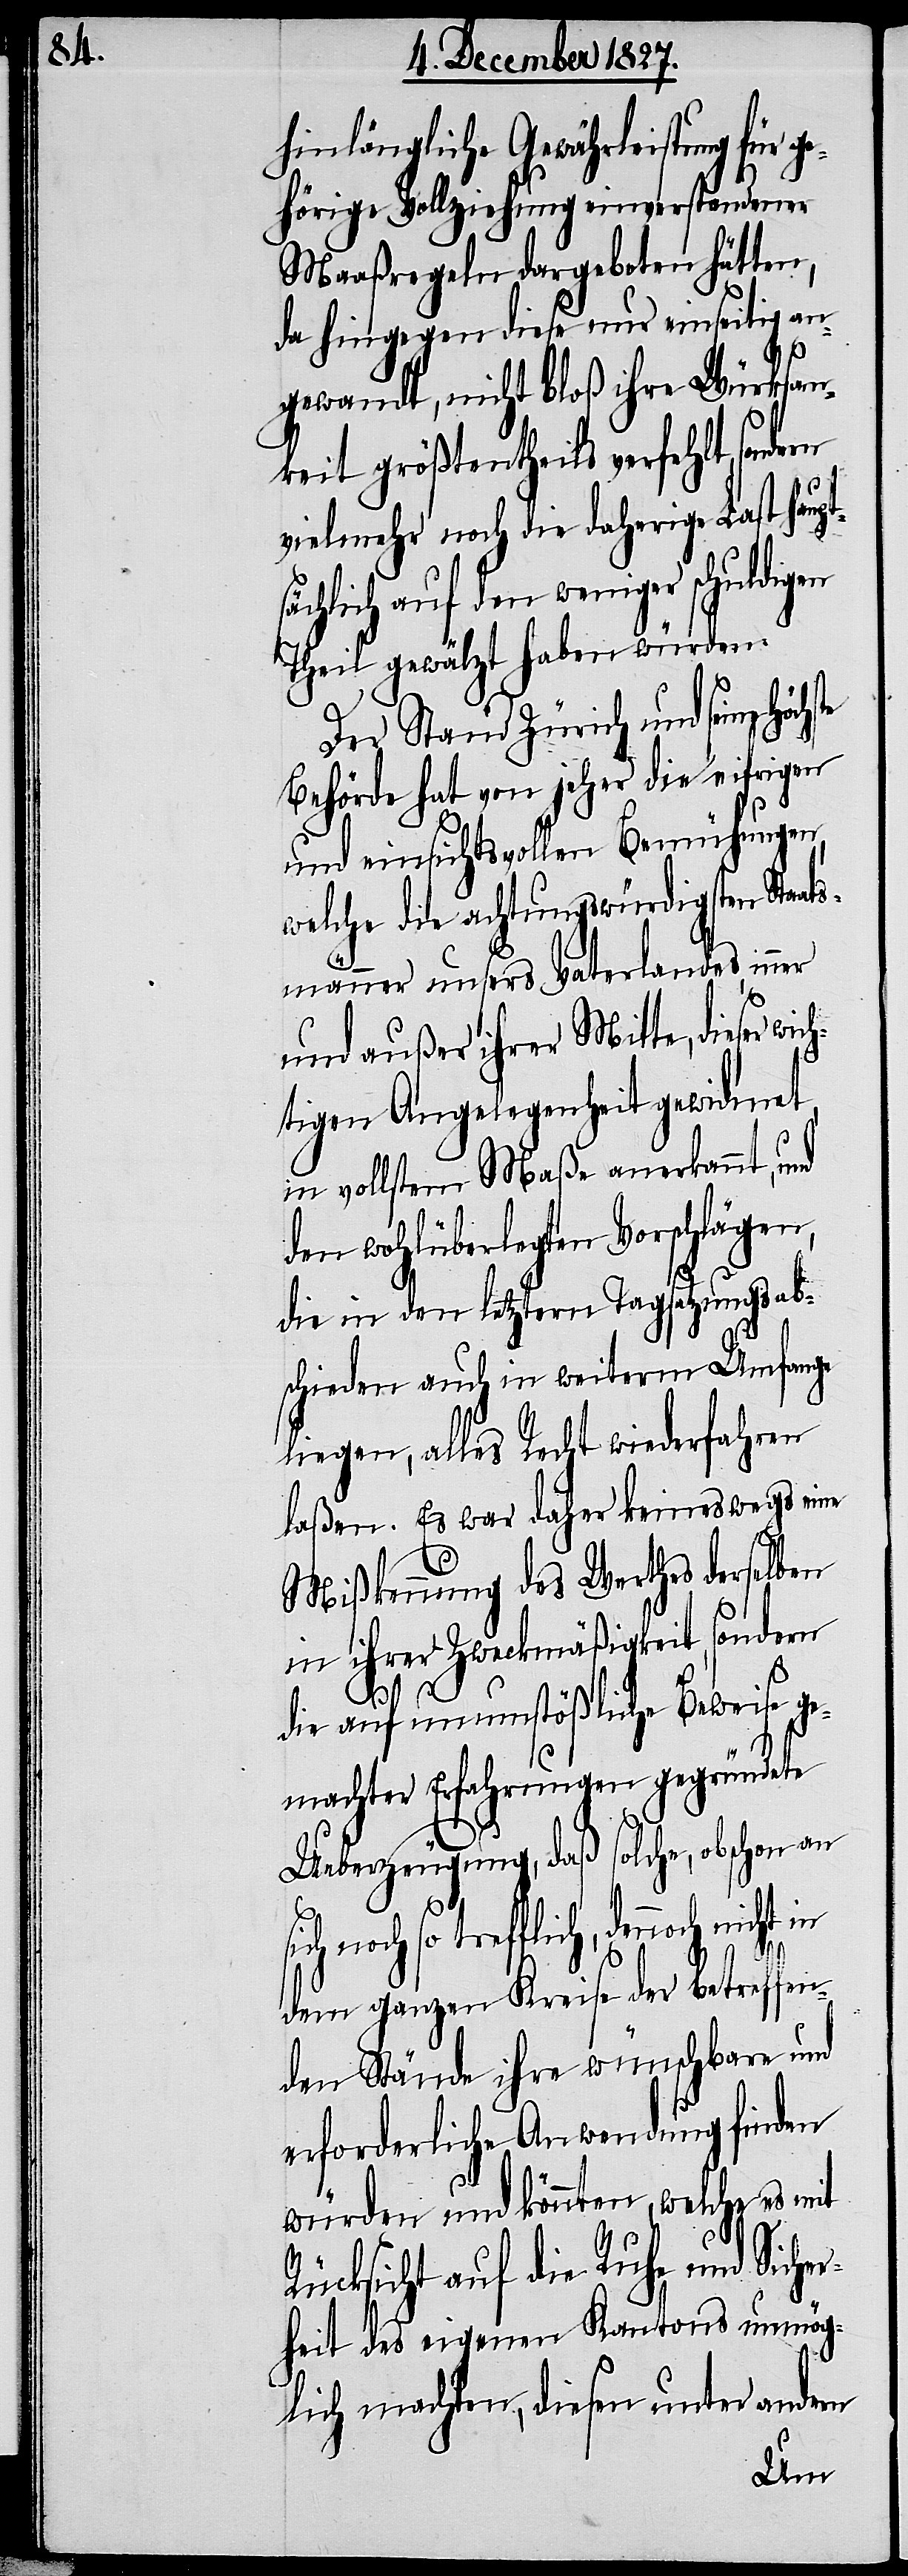
hinlängliche Gewährleistung für g¬
ehörige Vollziehung einverstandener
Maaßregeln dargeboten hätten,
da hingegen diese nur einseitig an¬
ts¬
gewandt, nicht bloß ihre Würksam¬
keit größtentheils verfehlt, sonde¬
vielmehr noch die daherige Last haup¬
ächlich auf den weniger schuldigen
Theil gewälzt haben würden.
Der Stand Zürich und seine
Behörde hat von jeher die eifrigen
und einsichtsvollen Bemühungen,
welche die achtungswürdigsten Staa¬
männer unsers Vaterlandes immer
und außer ihrer Mitte, dieser wic¬
htigen Angelegenheit gewidmet,
in vollsten Maße anerkannt, und
den wohlüberlegten Vorschlägen,
die in den letzten Tagsatzungsab¬
schieden auch in weiterm Umfange
liegen, alles Recht wiederfahren
laßen. Es war daher keineswegs eine
Mißkennung des Werthes derselben
in ihrer Zweckmäßigkeit, sondern
die auf unumstößliche Beweise ge¬
machter Erfahrungen gegründete
Ueberzeugung, daß solche, obschon an
flich, dennoch nicht in
dem ganzen Kreise der betreffen¬
den Stände ihre wünschbare und
erforderliche Anwendung finden
würden und könnten, welche es mit
Rücksicht auf die Ruhe und Siche¬
rheit des eigenen Kantons unmög¬
lich machten, diesen unter andern